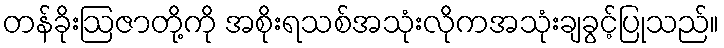
တန်ခိုးဩဇာတို့ကို အစိုးရသစ်အသုံးလိုကအသုံးချခွင့်ပြုသည်။